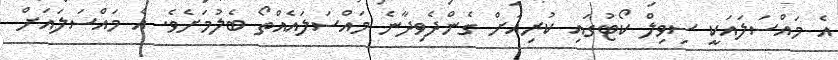
އެ މައްސަލައަކީ ސިވިލް ކޯޓުގައި ކުރިއަށް ގެންދެވިދާނެ މައްސަލައެއްތޯ ބެލުމަށެވެ. އެ މައްސަލައަށް